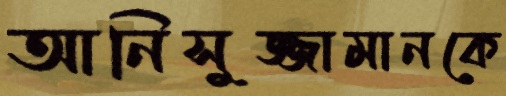
আনিসুজ্জামানকে